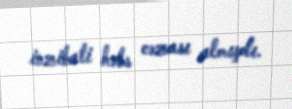
inzibati həbs cəzası almışdı.